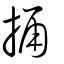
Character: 捅